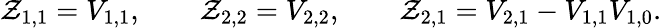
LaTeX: \mathcal{Z}_{1,1}=V_{1,1},\qquad\mathcal{Z}_{2,2}=V_{2,2},\qquad\mathcal{Z}_{2,1}=V_{2,1}-V_{1,1}V_{1,0}.